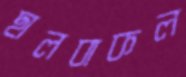
ছালবাকল